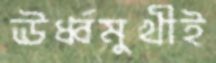
ঊর্ধ্বমুখীই